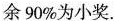
余90%为小奖.